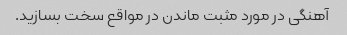
آهنگی در مورد مثبت ماندن در مواقع سخت بسازید.